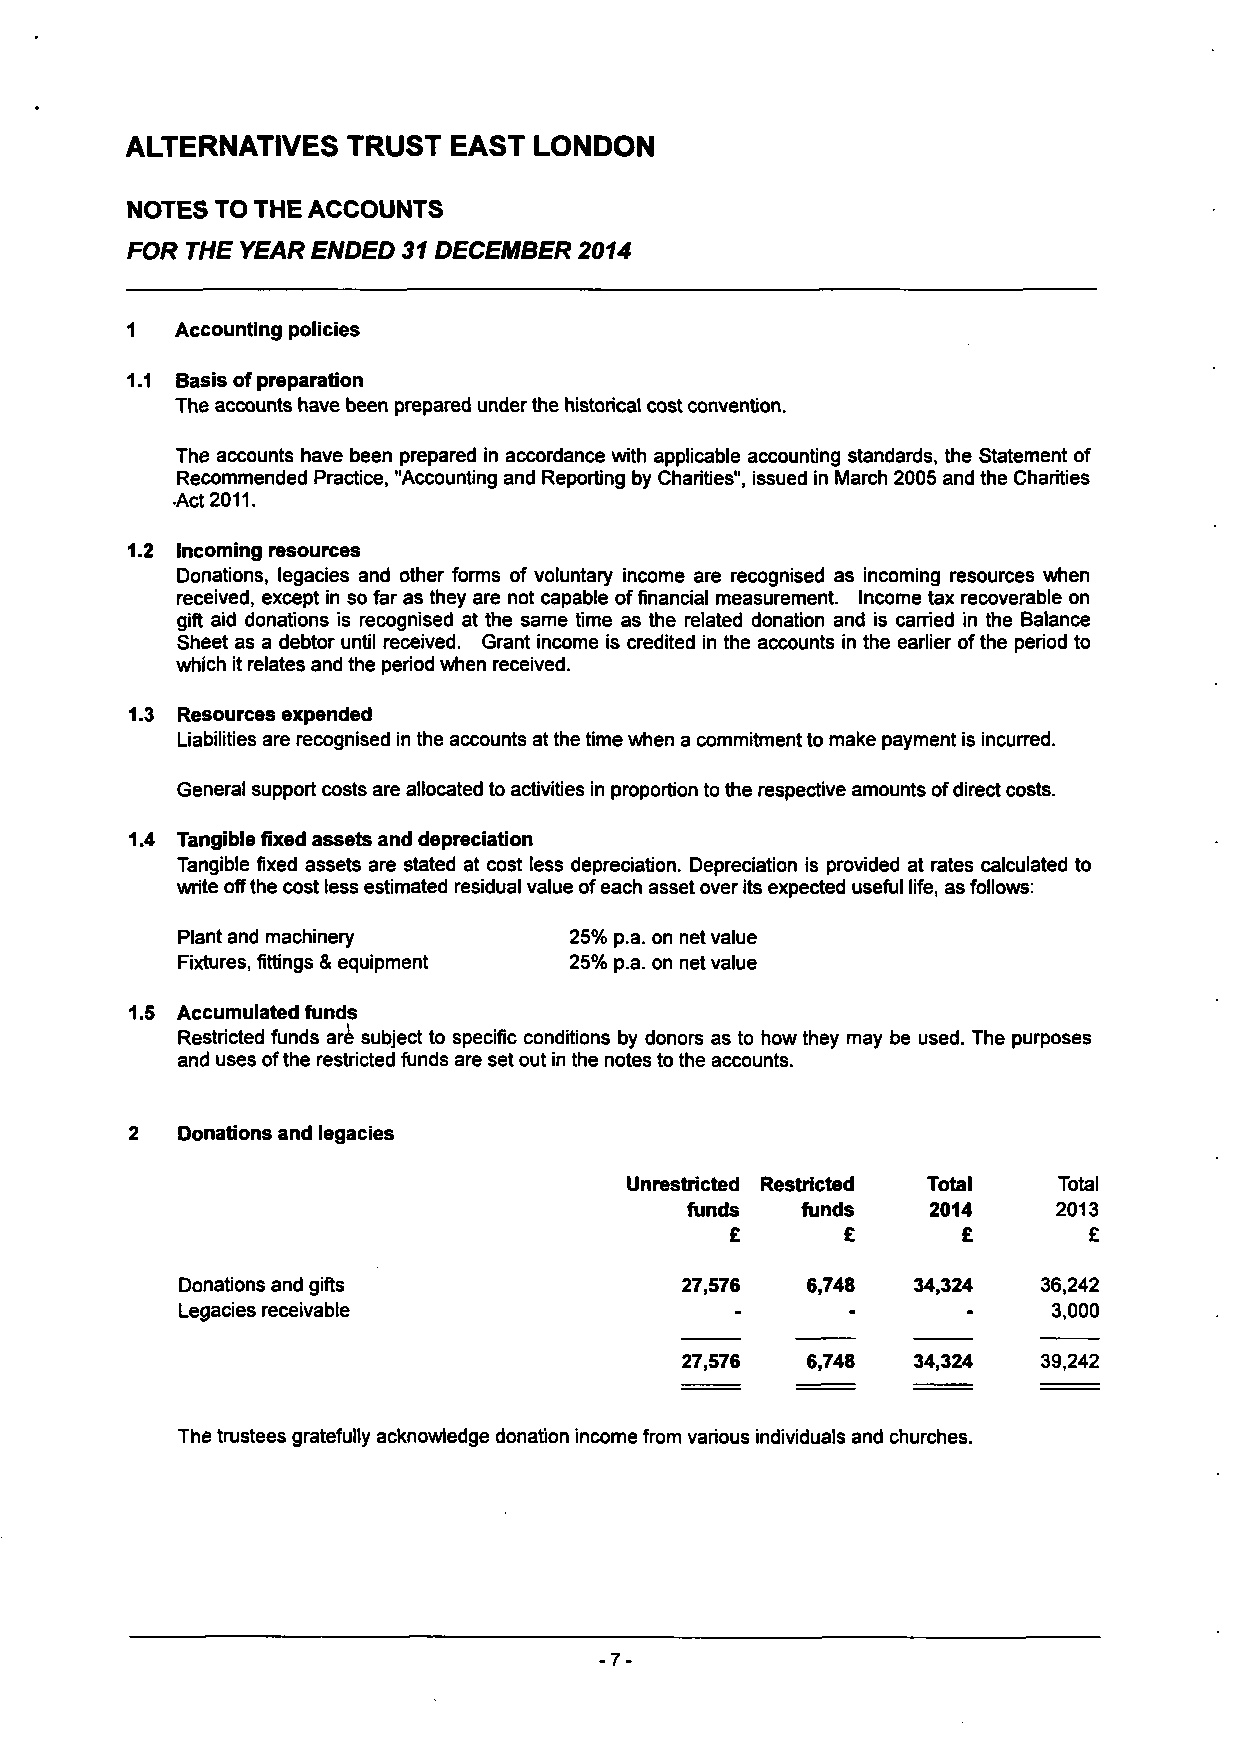
ALTERNATIVES   TRUST  EAST LONDON
 NOTES TO THE ACCOUNTS
 FOR THE YEAR ENDED 31 DECEMBER 2014
 1   Accounting policies
 1.1 Basis of preparation
 The accounts have been prepared under the historical cost convention.
 The accounts have been prepared in accordance with applicable accounting standards, the Statement of
 Recommended Practice, "Accounting and Reporting by Charities", issued in March 2005 and the Charities
 •Act 2011.
 1.2 Incoming resources
 Donations, legacies and other forms of voluntary income are recognised as incoming resources when
 received, except in so far as they are not capable of financial measurement. Income tax recoverable on
 gift aid donations is recognised at the same time as the related donation and is carried in the Balance
 Sheet as a debtor until received. Grant income is credited in the accounts in the earlier of the period to
 which it relates and the period when received.
 1.3 Resources expended
 Liabilities are recognised in the accounts at the time when a commitment to make payment is incurred.
 General support costs are allocated to activities in proportion to the respective amounts of direct costs.
 1.4 Tangible fixed assets and depreciation
 Tangible fixed assets are stated at cost less depreciation. Depreciation is provided at rates calculated to
 write off the cost less estimated residual value of each asset over its expected useful life, as follows:
 Plant and machinery       25% p.a. on net value
 Fixtures, fittings & equipment 25% p.a. on net value
 1.5 Accumulated funds
 Restricted funds are subject to specific conditions by donors as to how they may be used. The purposes
 and uses of the restricted funds are set out in the notes to the accounts.
 Donations and legacies
 Unrestricted Restricted Total Total
 funds   funds    2014    2013
 £       £       £       £
 Donations and gifts              27,576  6,748  34,324   36,242
 Legacies receivable                                 -     3,000
 27,576  6,748  34,324   39,242
 The trustees gratefully acknowledge donation income from various individuals and churches.
 -7-